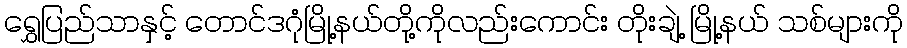
ရွှေပြည်သာနှင့် တောင်ဒဂုံမြို့နယ်တို့ကိုလည်းကောင်း တိုးချဲ့ မြို့နယ် သစ်များကို